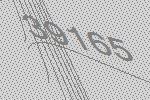
39165